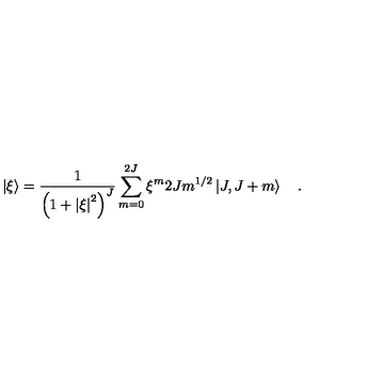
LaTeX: \left\vert { \xi } \right\rangle = { \frac { 1 } { \left( { 1 + { \vert \xi \vert } ^ { 2 } } \right) ^ { J } } } \sum _ { m = 0 } ^ { 2 J } \xi ^ { m } { \binom { 2 J } { m } } ^ { 1 / 2 } \left\vert { J , \- J + m } \right\rangle \quad .